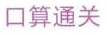
口算通关